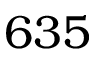
6 3 5